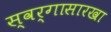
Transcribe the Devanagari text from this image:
स्वर्गासारखा